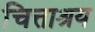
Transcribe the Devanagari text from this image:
चित्ताश्रय